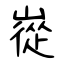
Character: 嵸